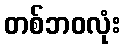
တစ်ဘဝလုံး